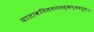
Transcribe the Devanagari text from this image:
यातावनिलमनलस्कन्धवपुषः।।